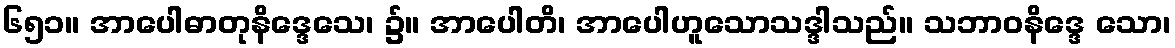
၆၅၁။ အာပေါဓာတုနိဒ္ဒေသေ၊ ၌။ အာပေါတိ၊ အာပေါဟူသောသဒ္ဒါသည်။ သဘာဝနိဒ္ဒေ သော၊